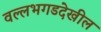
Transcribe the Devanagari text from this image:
वल्लभगडदेखील